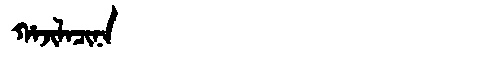
Manchu: ᡥᠠᠵᡳᠯᠠᠴᡳᠨᠠ
Romanization: HAJILACINA